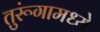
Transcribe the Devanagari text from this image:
तुरूंगामध्ये